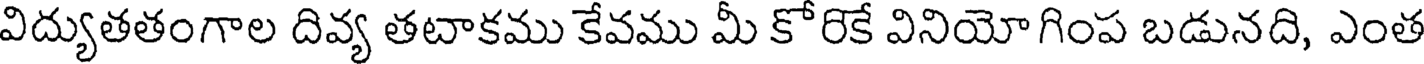
విద్యుతతంగాల దివ్య తటాకము కేవము మీ కోరికే వినియోగింప బడునది, ఎంత